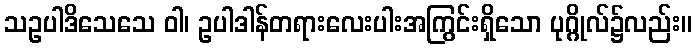
သဥပါဒိသေသေ ဝါ၊ ဥပါဒါန်တရားလေးပါးအကြွင်းရှိသော ပုဂ္ဂိုလ်၌လည်း။